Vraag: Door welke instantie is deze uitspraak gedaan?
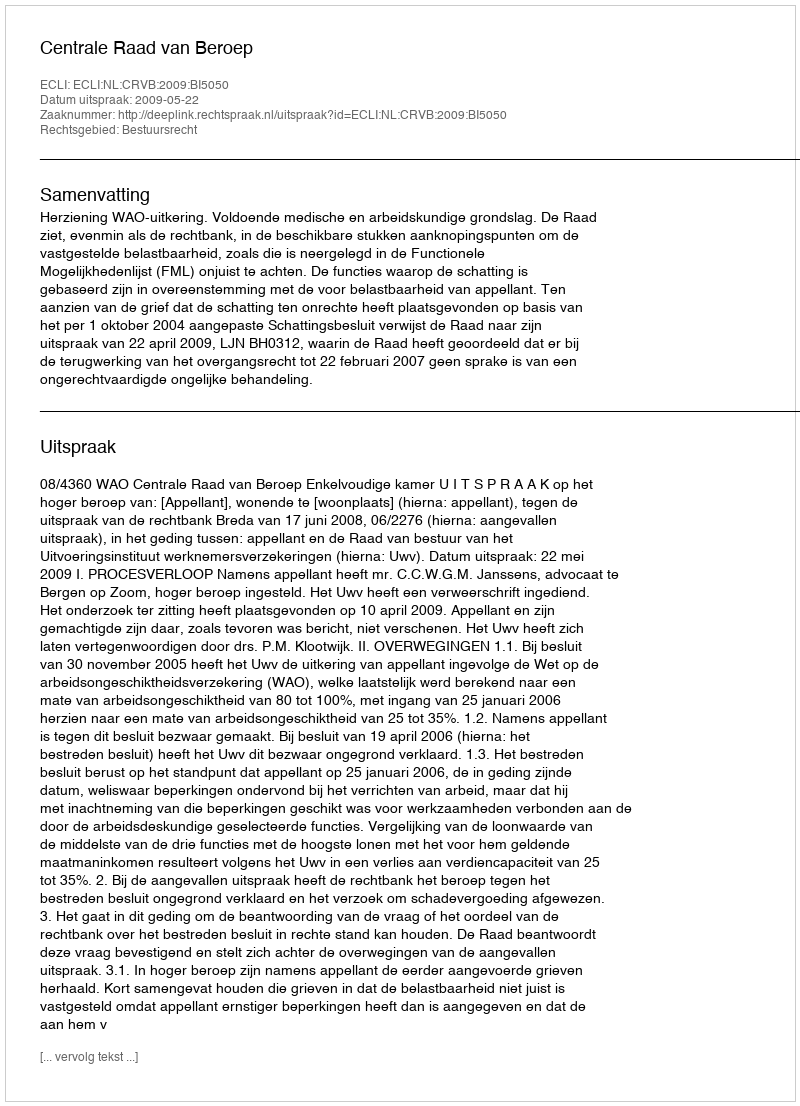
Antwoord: Centrale Raad van Beroep